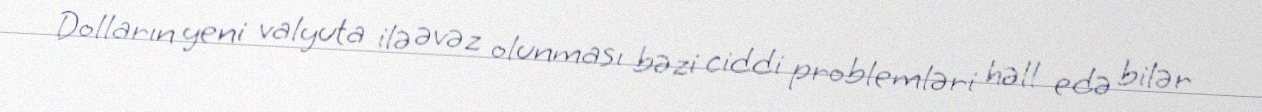
Dolların yeni valyuta ilə əvəz olunması bəzi ciddi problemləri həll edə bilər